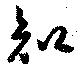
知